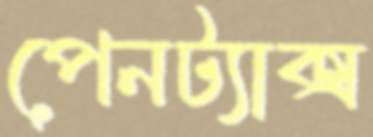
পেনট্যাক্স